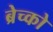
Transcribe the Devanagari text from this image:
ब्रेच्को